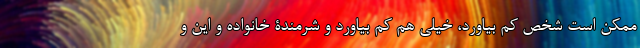
ممکن است شخص کم بیاورد، خیلی هم کم بیاورد و شرمندۀ خانواده و این و